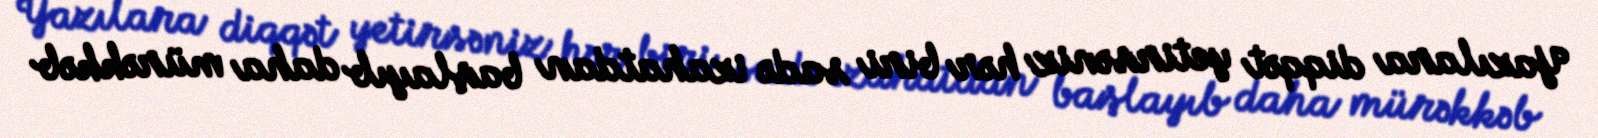
Yazılara diqqət yetirsəniz hər biri sadə izahatdan başlayıb daha mürəkkəb